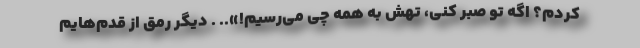
کردم؟ اگه تو صبر کنی، تهش به همه چی می‌رسیم!».. . دیگر رمق از قدم‌هایم